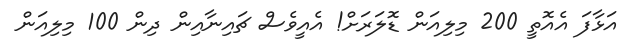
އަޅާފަ އެއޮތީ 200 މިލިއަން ޑޮލަރަށް! އެއީވެސް ޗަައިނާއިން ދިން 100 މިލިއަން